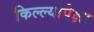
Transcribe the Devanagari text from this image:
किल्ल्यापेक्षा